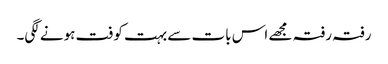
رفتہ رفتہ مجھے اس بات سے بہت کوفت ہونے لگی۔